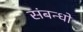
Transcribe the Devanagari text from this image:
संबन्धो